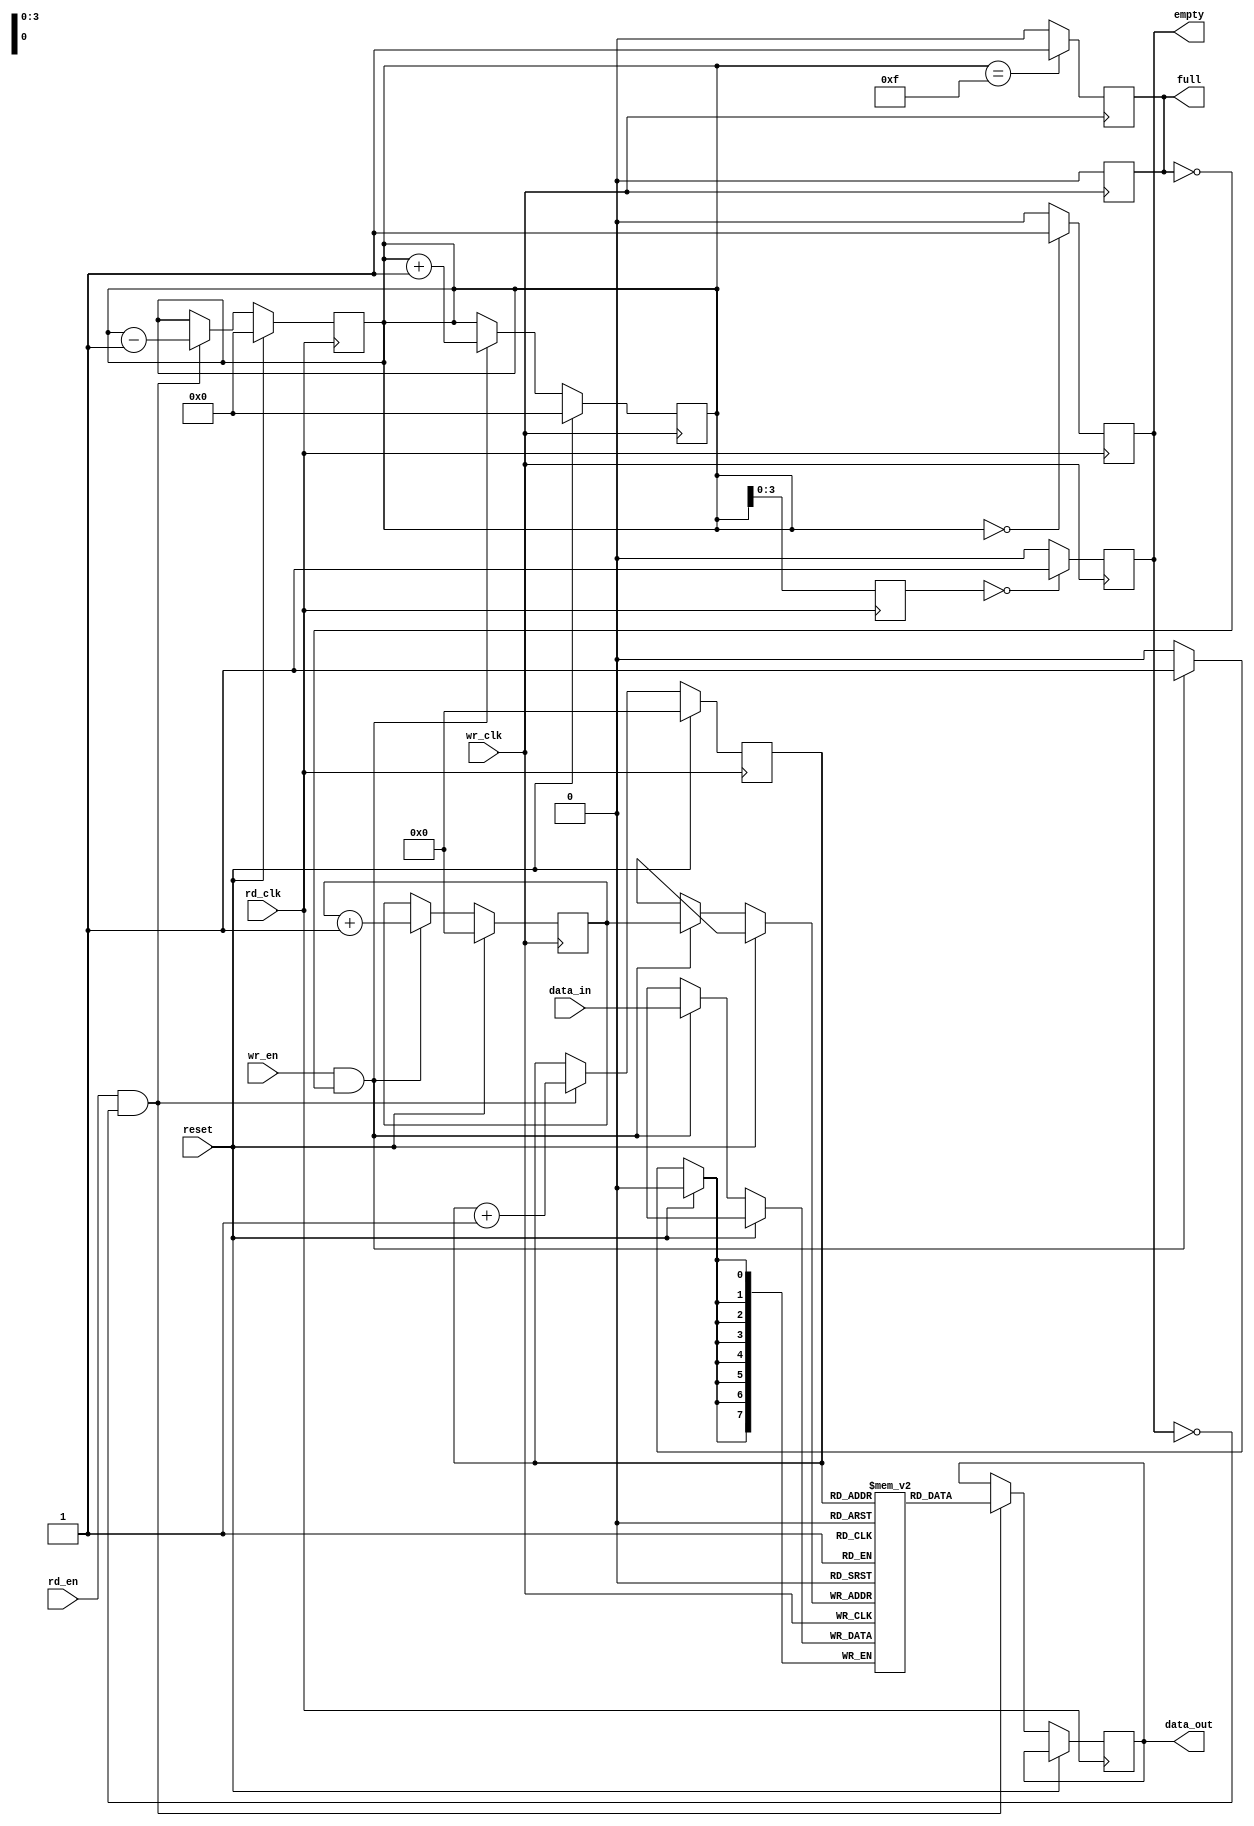
module dual_clock_fifo #(
    parameter DATA_WIDTH = 8,  // Width of the data
    parameter FIFO_DEPTH = 16   // Number of entries in the FIFO
)(
    input               wr_clk,   // Write clock
    input               rd_clk,   // Read clock
    input               reset,    // Synchronous reset
    input               wr_en,     // Write enable
    input               rd_en,     // Read enable
    input [DATA_WIDTH-1:0] data_in, // Data input
    output reg          full,      // FIFO full flag
    output reg          empty,     // FIFO empty flag
    output reg [DATA_WIDTH-1:0] data_out // Data output
);

    // Internal memory array
    reg [DATA_WIDTH-1:0] fifo_mem [0:FIFO_DEPTH-1];

    // Pointer definitions
    reg [clog2(FIFO_DEPTH)-1:0] wr_ptr;
    reg [clog2(FIFO_DEPTH)-1:0] rd_ptr;
    reg [clog2(FIFO_DEPTH):0] count; // to track the number of entries

    // Generate log2
    function integer clog2;
        input integer value;
        begin
            value = value - 1;
            for (clog2 = 0; value > 0; clog2 = clog2 + 1)
                value = value >> 1;
        end
    endfunction

    // Write Process
    always @(posedge wr_clk) begin
        if (reset) begin
            wr_ptr <= 0;
            count <= 0;
            full <= 0;
        end else if (wr_en && !full) begin
            fifo_mem[wr_ptr] <= data_in; // write data to memory
            wr_ptr <= wr_ptr + 1; // update write pointer
            count <= count + 1;
        end

        // Update full flag
        if (count == FIFO_DEPTH - 1)
            full <= 1;
        else
            full <= 0;
    end

    // Read Process
    always @(posedge rd_clk) begin
        if (reset) begin
            rd_ptr <= 0;
            count <= 0;
            empty <= 1;
        end else if (rd_en && !empty) begin
            data_out <= fifo_mem[rd_ptr]; // read data from memory
            rd_ptr <= rd_ptr + 1; // update read pointer
            count <= count - 1;
        end

        // Update empty flag
        if (count == 0)
            empty <= 1;
        else
            empty <= 0;
    end

    // Pointer synchronization across clock domains
    reg [clog2(FIFO_DEPTH)-1:0] sync_rd_ptr;
    reg [clog2(FIFO_DEPTH)-1:0] sync_count;

    always @(posedge rd_clk) begin
        sync_rd_ptr <= rd_ptr;
        sync_count <= count;
    end

    // Full and empty flags based on synchronized read pointer
    always @(posedge wr_clk) begin
        if (sync_count == FIFO_DEPTH)
            full <= 1;
        else
            full <= 0;

        if (sync_count == 0)
            empty <= 1;
        else
            empty <= 0;
    end

endmodule